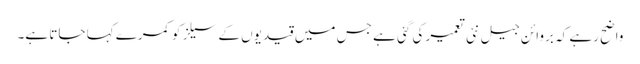
واضح رہے کہ بروائن جیل نئی تعمیر کی گئی ہے جس میں قیدیوں کے سیلز کو کمرے کہا جاتا ہے۔